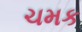
ચમક